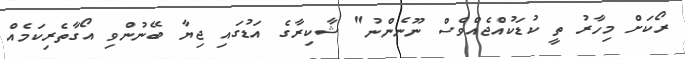
ރޯކަށް މިހާރު ތީ ކުޑަކުއްޖެއްވެސް ނޫނެންނު" ޝާކިރާގެ އަޑުގައި ޖިޔާ ބޭނުންވި އޯގާތެރިކަމެއް